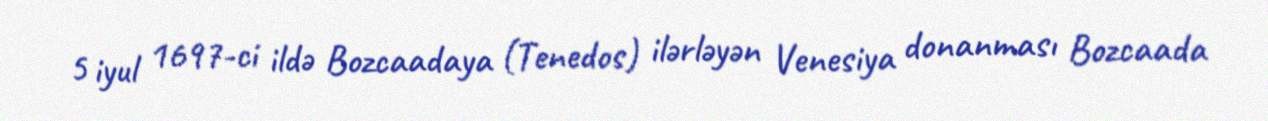
5 iyul 1697-ci ildə Bozcaadaya (Tenedos) ilərləyən Venesiya donanması Bozcaada